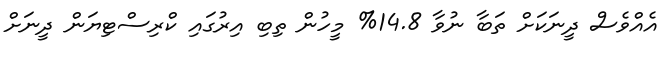
އެއްވެސް ދީނަކަށް ތަބާ ނުވާ 14.8% މީހުން ތިބި އިރުގައި ކްރިސްޓިޔަން ދީނަށް